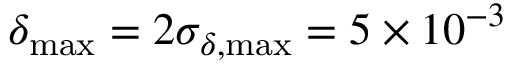
\delta _ { \mathrm { m a x } } = 2 \sigma _ { \delta , \mathrm { m a x } } = 5 \times 1 0 ^ { - 3 }